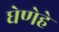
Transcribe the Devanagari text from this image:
घेणेहे